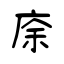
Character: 庩